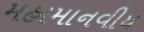
મહામાનવીય